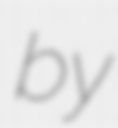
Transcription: by